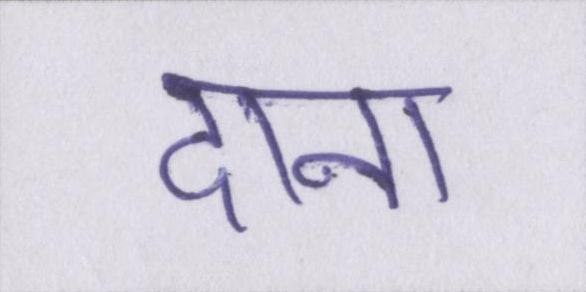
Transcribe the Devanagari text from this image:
दाना